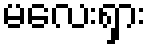
မလေးရှား